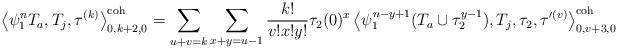
LaTeX: \begin{align*} \left\langle \psi_1^n T_a, T_j, \tau^{(k)} \right\rangle^\textnormal{coh}_{0,k+2,0} = \sum_{u+v=k} \sum_{x+y=u-1} \frac{k!}{v! x! y!} \tau_2(0)^x \left\langle \psi_1^{n-y+1} (T_a \cup \tau_2^{y-1}), T_j, \tau_2, \tau'^{(v)} \right\rangle^\textnormal{coh}_{0,v+3,0}\end{align*}